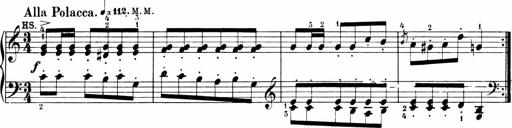
Title: 6 Sonatinas
Composer: Carl Reinecke